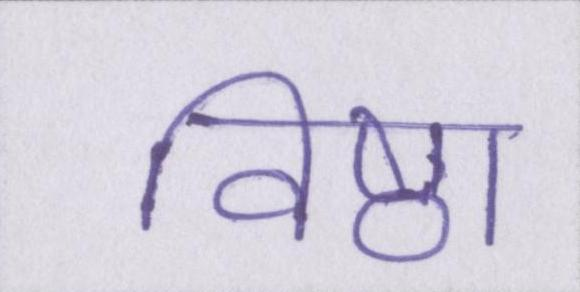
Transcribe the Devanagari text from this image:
विष्ठा